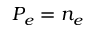
P _ { e } = n _ { e }